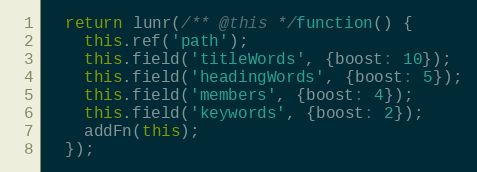
Language: JavaScript
  return lunr(/** @this */function() {
    this.ref('path');
    this.field('titleWords', {boost: 10});
    this.field('headingWords', {boost: 5});
    this.field('members', {boost: 4});
    this.field('keywords', {boost: 2});
    addFn(this);
  });